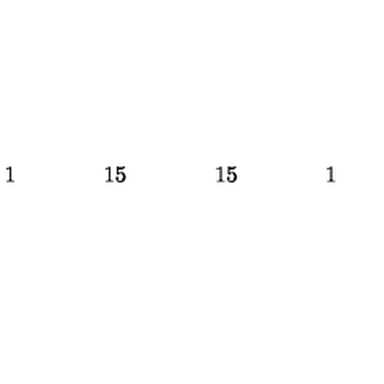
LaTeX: \begin{array} { c c c c c c c c c c c c c c c c c } { } & { } & { 1 } & { } & { } & { } & { 1 5 } & { } & { } & { } & { 1 5 } & { } & { } & { } & { 1 } & { } & { } \\ \end{array}